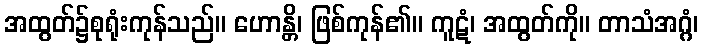
အထွတ်၌စုရုံးကုန်သည်။ ဟောန္တိ၊ ဖြစ်ကုန်၏။ ကူဋံ၊ အထွတ်ကို။ တာသံအဂ္ဂံ၊